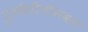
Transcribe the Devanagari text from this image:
टूरमैलीनीभवन